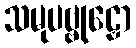
သမုပဗ္ဗုဠှော